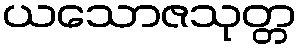
ယသောဇသုတ္တ